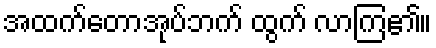
အထက်တောအုပ်ဘက် ထွက် လာကြ၏။